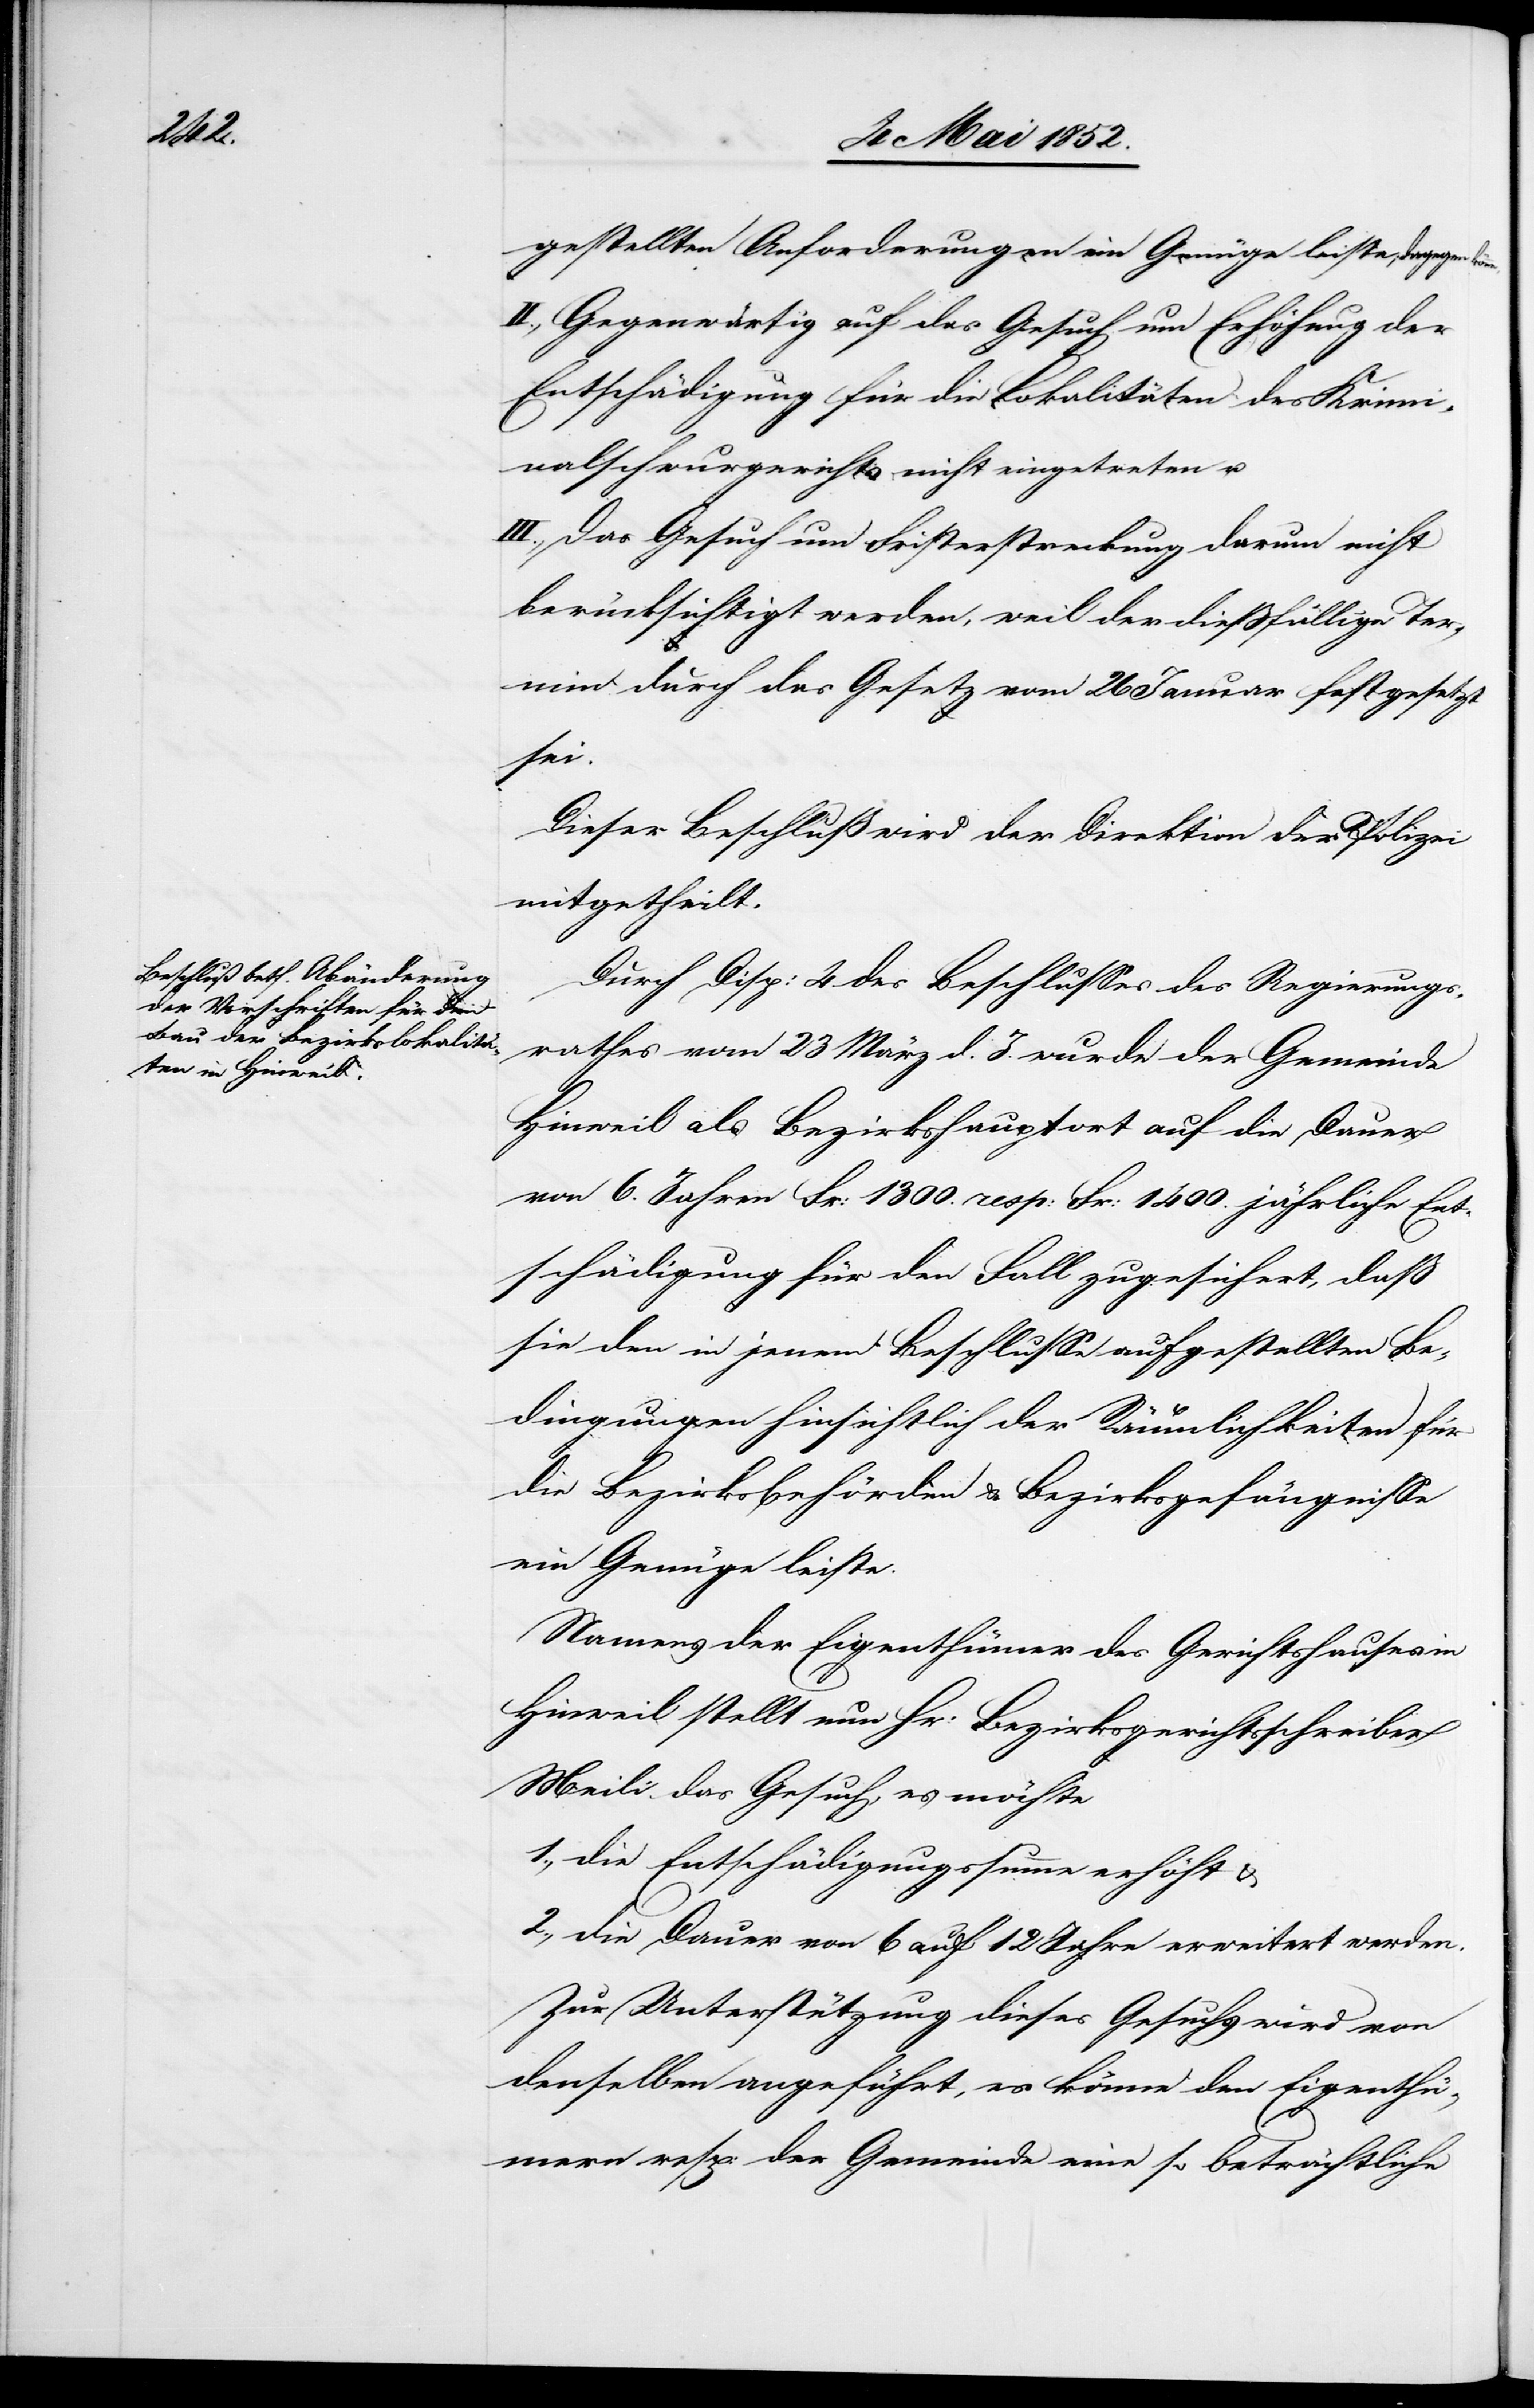
gestellten Anforderungen ein Genüge leiste, dagegen
II., Gegenwärtig auf das Gesuch um Erhöhung der
Entschädigung für die Lokalitäten des Krimi¬
nalschwurgerichts nicht eingetreten u.
III., Das Gesuch um Fristerstreckung darum nicht
berücksichtigt werden, weil der diessfällige Ter¬
min durch das Gesetz vom 26 Januar festgesetzt
sei.
Dieser Beschluß wird der Direktion der Polizei
mitgetheilt.
Durch Disp: 4 des Beschlusses des Regierungs¬
rathes vom 23 März d. J. wurde der Gemeinde
Hinweil als Bezirkshauptort auf die Dauer
von 6. Jahren Fr: 1300. resp: Fr: 1400. jährliche Ent¬
schädigung für den Fall zugesichert, dass
sie den in jenem Beschlusse aufgestellten Be¬
dingungen hinsichtlich der Räumlichkeiten für
die Bezirksbehörden & Bezirksgefängnisse
ein Genüge leiste.
Namens der Eigenthümer des Gerichtshauses in
Hinweil stellt nun Hr: Bezirksgerichtsschreiber
Meili das Gesuch, es möchte
1., die Entschädigungssumme erhöht &
2., die Dauer von 6 auf 12 Jahre erweitert werden.
Zur Unterstützung dieses Gesuchs wird von
denselben angeführt, es könne den Eigenthü¬
mern resp: der Gemeinde eine so beträchtliche